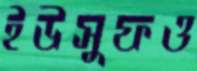
ইউসুফও